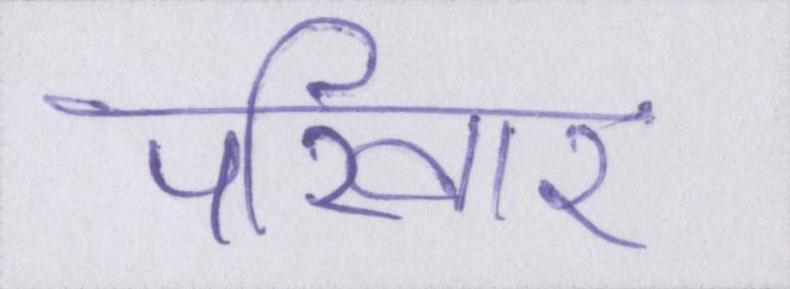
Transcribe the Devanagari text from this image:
परिवार